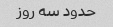
حدود سه روز